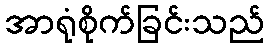
အာရုံစိုက်ခြင်းသည်